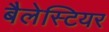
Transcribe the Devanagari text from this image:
बैलेस्टियर